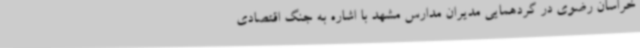
خراسان رضوی در گردهمایی مدیران مدارس مشهد با اشاره به جنگ اقتصادی